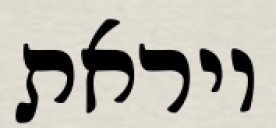
ויראת